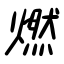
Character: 燃